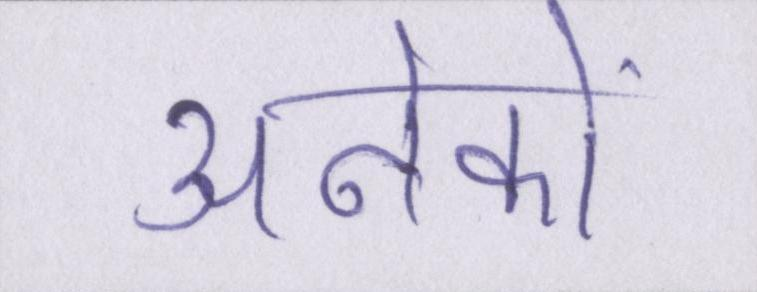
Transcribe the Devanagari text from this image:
अनेकों